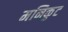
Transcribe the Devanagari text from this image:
मनिकुट